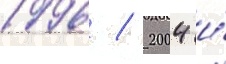
1996 / 2004 и́